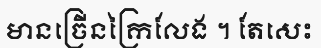
មានច្រើនក្រៃលែង ។ តែសេះ